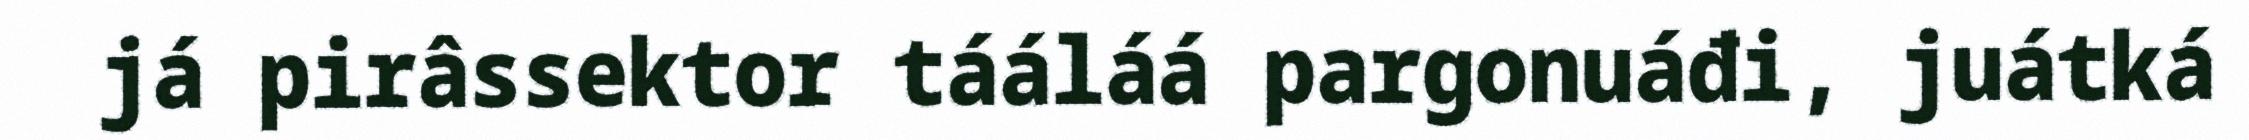
já pirâssektor tááláá pargonuáđi, juátká